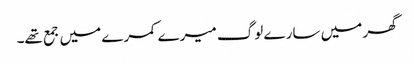
گھر میں سارے لوگ میرے کمرے میں جمع تھے۔